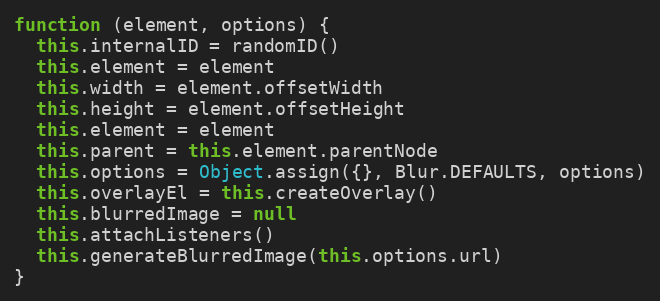
Language: JavaScript
function (element, options) {
  this.internalID = randomID()
  this.element = element
  this.width = element.offsetWidth
  this.height = element.offsetHeight
  this.element = element
  this.parent = this.element.parentNode
  this.options = Object.assign({}, Blur.DEFAULTS, options)
  this.overlayEl = this.createOverlay()
  this.blurredImage = null
  this.attachListeners()
  this.generateBlurredImage(this.options.url)
}